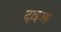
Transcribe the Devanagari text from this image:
दाइआ